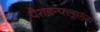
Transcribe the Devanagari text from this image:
पैराइन्फ्लूएंज़ा